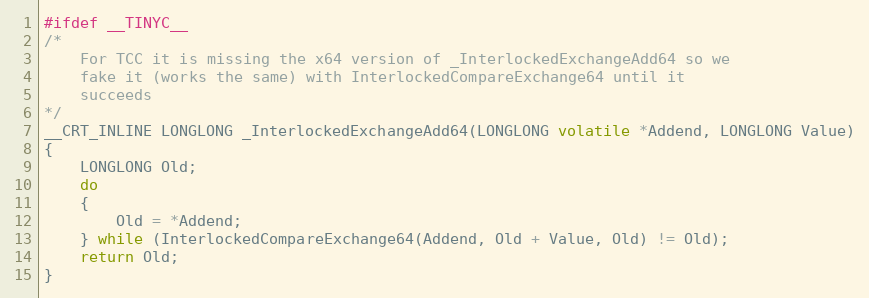
Language: C
#ifdef __TINYC__
/*
    For TCC it is missing the x64 version of _InterlockedExchangeAdd64 so we
    fake it (works the same) with InterlockedCompareExchange64 until it
    succeeds
*/
__CRT_INLINE LONGLONG _InterlockedExchangeAdd64(LONGLONG volatile *Addend, LONGLONG Value)
{
    LONGLONG Old;
    do
    {
        Old = *Addend;
    } while (InterlockedCompareExchange64(Addend, Old + Value, Old) != Old);
    return Old;
}